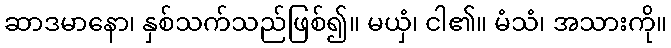
ဆာဒမာနော၊ နှစ်သက်သည်ဖြစ်၍။ မယှံ၊ ငါ၏။ မံသံ၊ အသားကို။